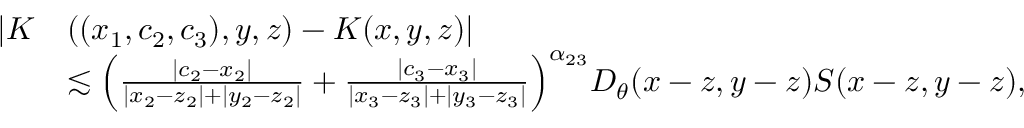
\begin{array} { r l } { | K } & { ( ( x _ { 1 } , c _ { 2 } , c _ { 3 } ) , y , z ) - K ( x , y , z ) | } \\ & { \lesssim \Big ( \frac { | c _ { 2 } - x _ { 2 } | } { | x _ { 2 } - z _ { 2 } | + | y _ { 2 } - z _ { 2 } | } + \frac { | c _ { 3 } - x _ { 3 } | } { | x _ { 3 } - z _ { 3 } | + | y _ { 3 } - z _ { 3 } | } \Big ) ^ { \alpha _ { 2 3 } } D _ { \theta } ( x - z , y - z ) S ( x - z , y - z ) , } \end{array}